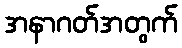
အနာဂတ်အတွက်